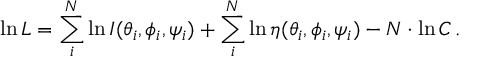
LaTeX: \ln { L } = \sum _ { i } ^ { N } \ln { I ( \theta _ { i } , \phi _ { i } , \psi _ { i } ) } + \sum _ { i } ^ { N } \ln { \eta ( \theta _ { i } , \phi _ { i } , \psi _ { i } ) } - N \cdot \ln { C } \, .